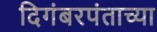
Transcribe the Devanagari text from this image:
दिगंबरपंताच्या